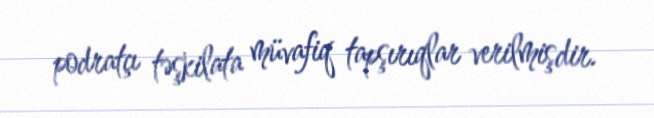
podratçı təşkilata müvafiq tapşırıqlar verilmişdir.